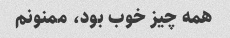
همه‌ چیز خوب بود، ممنونم